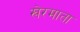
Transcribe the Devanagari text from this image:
खेरमाता